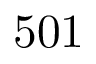
5 0 1